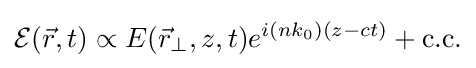
{\cal {E}}({\vec {r}},t)\propto E({\vec {r}}_{\perp },z,t)e^{i(nk_{0})(z-ct)}+{\text{c.c.}}